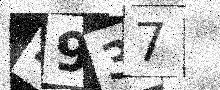
Text: 4937